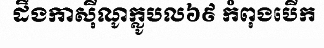
ដឹងកាស៊ីណូក្លូបល៦៩ កំពុងបើក